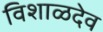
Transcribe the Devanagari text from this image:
विशाळदेव